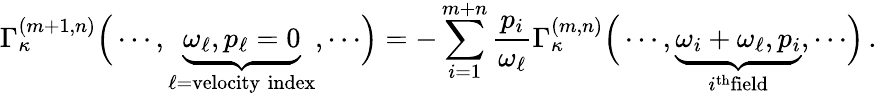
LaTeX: \Gamma_{\kappa}^{(m+1,n)}\Bigr(\cdots,\underbrace{\omega_{\ell},p_{\ell}=0}_{\ell=\mathrm{velocity\; index}},\cdots\Bigr)=-\sum_{i=1}^{m+n}\frac{p_{i}}{\omega_{\ell}}\Gamma_{\kappa}^{(m,n)}\Bigr(\cdots,\underbrace{\omega_{i}+\omega_{\ell},p_{i}}_{i^{\mathrm{th}}\mathrm{field}},\cdots\Bigr)\, .